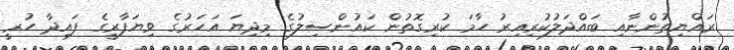
ރައްޔިތުންނާއި ބައްދަލުކުރިއިރު ހާމަ ކުރިގޮތުން ކައުންސިލުގެ މިދިޔަ އަހަރުގެ ވިޔަފާރީގެ ފައިދާ ހުރީ